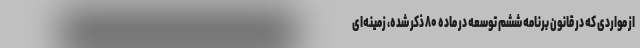
از مواردی که در قانون برنامه ششم توسعه در ماده ۸۰ ذکر شده، زمینه‌ای